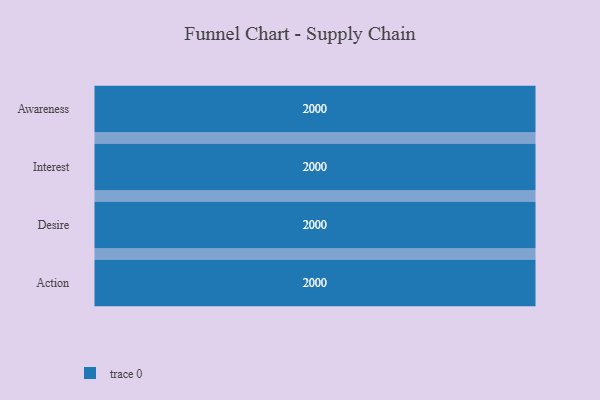
{"axis": {"x": "Stage", "y": "Value"}, "legend": [""], "data": [{"x": "Awareness", "y": 2000, "type": ""}, {"x": "Interest", "y": 2000, "type": ""}, {"x": "Desire", "y": 2000, "type": ""}, {"x": "Action", "y": 2000, "type": ""}]}